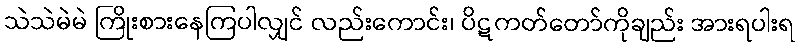
သဲသဲမဲမဲ ကြိုးစားနေကြပါလျှင် လည်းကောင်း၊ ပိဋကတ်တော်ကိုချည်း အားရပါးရ